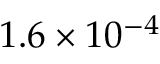
1 . 6 \times 1 0 ^ { - 4 }